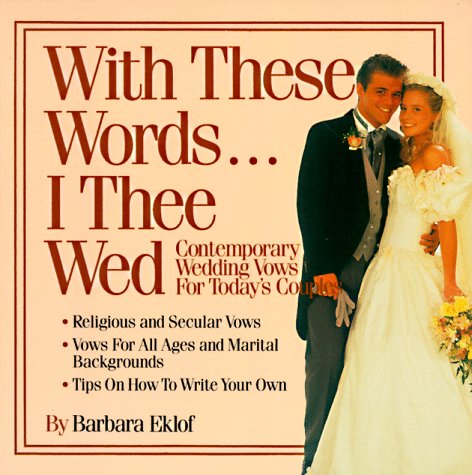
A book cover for With These Words-- I Thee Wed: Contemporary Wedding Vows for Today's Couples; Barbara Eklof; Crafts, Hobbies & Home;